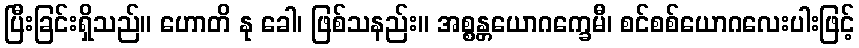
ပြီးခြင်းရှိသည်။ ဟောတိ နု ခေါ၊ ဖြစ်သနည်း။ အစ္စန္တယောဂက္ခေမီ၊ စင်စစ်ယောဂလေးပါးဖြင့်